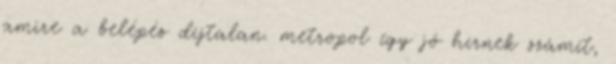
amire a belépés díjtalan. metropol így jó hírnek számít,